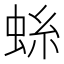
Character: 𫊺